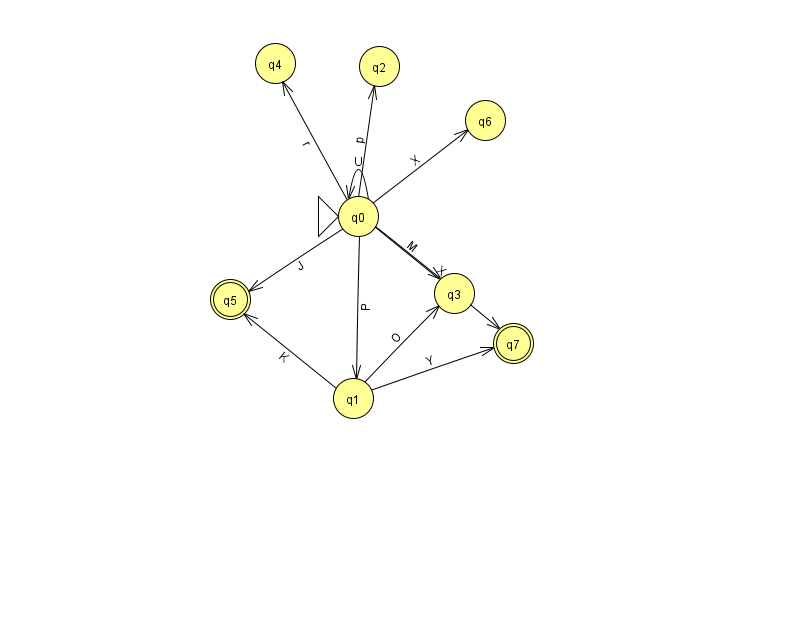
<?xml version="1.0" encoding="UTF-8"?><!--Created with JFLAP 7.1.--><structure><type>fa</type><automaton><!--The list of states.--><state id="0" name="q0"><x>358.0</x><y>203.0</y><initial/></state><state id="1" name="q1"><x>353.0</x><y>385.0</y></state><state id="2" name="q2"><x>379.0</x><y>53.0</y></state><state id="3" name="q3"><x>454.0</x><y>280.0</y></state><state id="4" name="q4"><x>275.0</x><y>50.0</y></state><state id="5" name="q5"><x>230.0</x><y>286.0</y><final/></state><state id="6" name="q6"><x>485.0</x><y>107.0</y></state><state id="7" name="q7"><x>513.0</x><y>330.0</y><final/></state><!--The list of transitions.--><transition><from>1</from><to>7</to><read>Y</read></transition><transition><from>0</from><to>6</to><read>X</read></transition><transition><from>0</from><to>0</to><read>U</read></transition><transition><from>0</from><to>2</to><read>p</read></transition><transition><from>0</from><to>1</to><read>P</read></transition><transition><from>0</from><to>7</to><read>X</read></transition><transition><from>0</from><to>3</to><read>M</read></transition><transition><from>1</from><to>5</to><read>K</read></transition><transition><from>1</from><to>3</to><read>O</read></transition><transition><from>0</from><to>4</to><read>r</read></transition><transition><from>0</from><to>5</to><read>J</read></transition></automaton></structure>